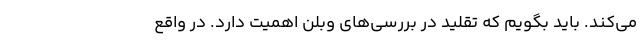
می‌کند. باید بگویم که تقلید در بررسی‌های وبلن اهمیت دارد. در واقع